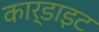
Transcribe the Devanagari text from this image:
कार्डाइट